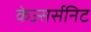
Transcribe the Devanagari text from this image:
केज्सर्सनिट